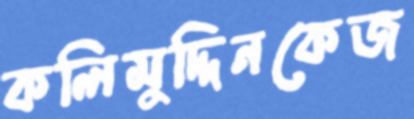
কলিমুদ্দিনকেজ